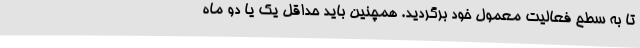
تا به سطح فعالیت معمول خود برگردید. همچنین باید حداقل یک یا دو ماه